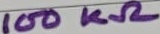
Text: 100KΩ